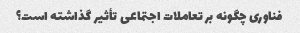
فناوری چگونه بر تعاملات اجتماعی تأثیر گذاشته است؟